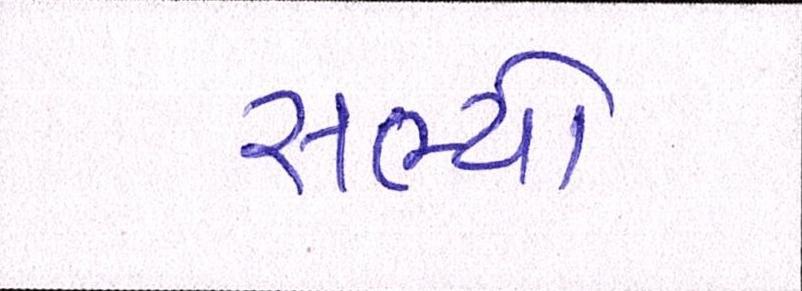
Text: સભ્યો